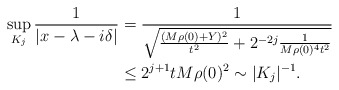
\begin{align*} \sup_{K_j} \frac{ 1 }{ |x- \lambda - i\delta|} &= \frac{1}{ \sqrt{ \frac{ (M\rho (0) + Y )^2 }{t^2} + 2^{-2j} \frac{1}{M\rho(0)^4 t^2} } } \\ &\leq 2^{j+1} t M\rho (0)^2 \sim |K_j|^{-1}.\end{align*}